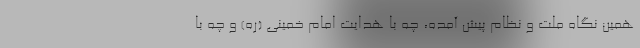
همین نگاه ملت و نظام پیش آمده، چه با هدایت امام خمینی (ره) و چه با